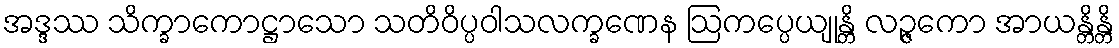
အဒ္ဒဿ သိက္ခာကောဋ္ဌာသော သတိဝိပ္ပဝါသလက္ခဏေန ဩကပ္ပေယျုန္တိ လဉ္ဇကော အာယန္တိန္တိ